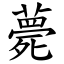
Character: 薨